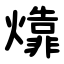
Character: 㸆